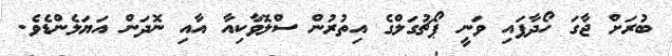
ބުރަށް ޖާގަ ހޯދާފައި ވަނީ ޕޯޗުގަލްގެ އިތުރުން ސްލޮވާކިއާ އާއި ނޮދަން އަޔަލެންޑެވެ.